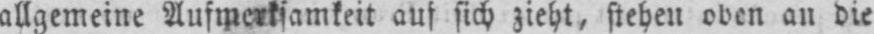
allgemeine Aufmerksamkeit auf sich zieht, stehen oben an die